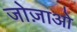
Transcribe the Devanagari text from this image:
जोज़ाओ